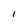
Character: I